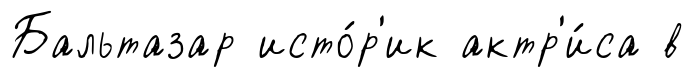
Бальтазар исто́р'ик актр'и́са в